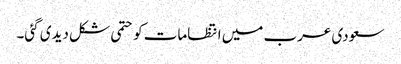
سعودی عرب میں انتظامات کو حتمی شکل دیدی گئی۔